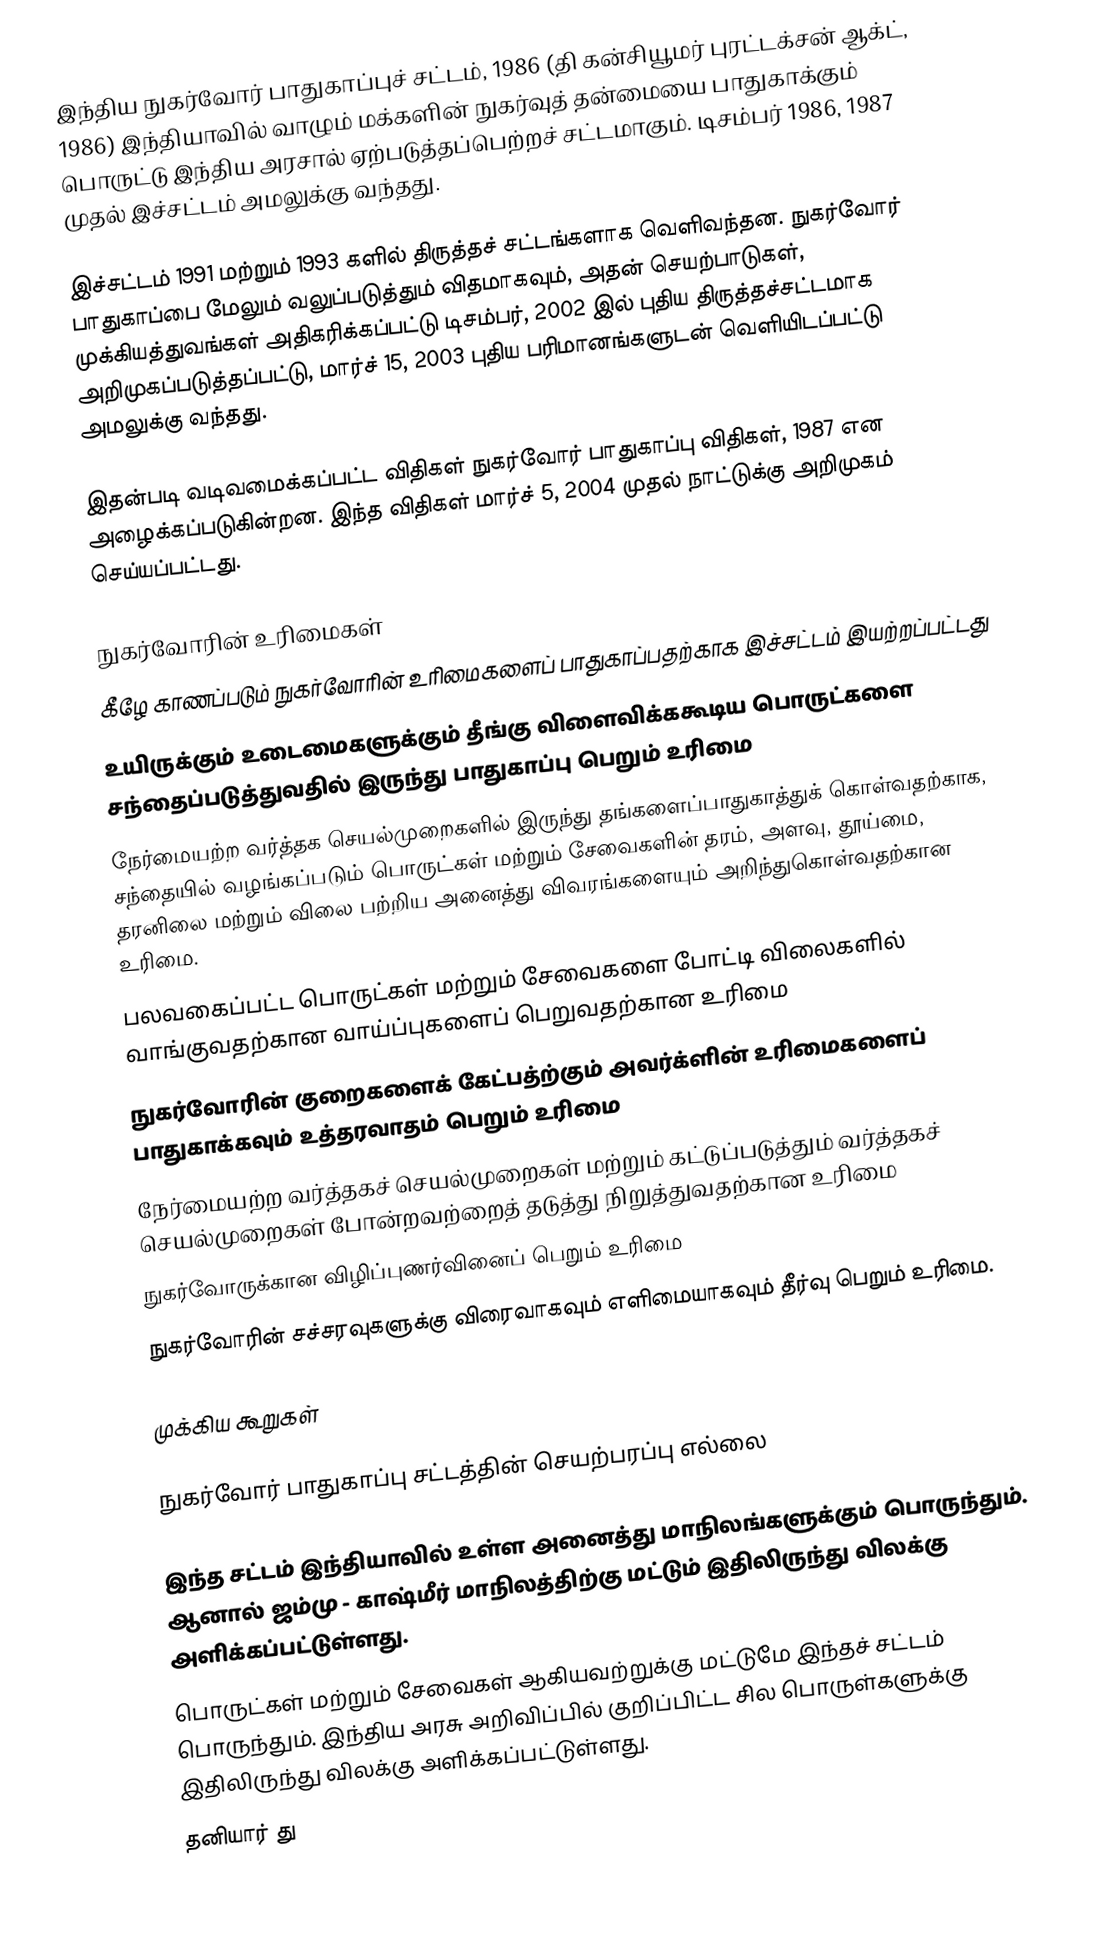
இந்திய நுகர்வோர் பாதுகாப்புச் சட்டம், 1986 (தி கன்சியூமர் புரட்டக்சன் ஆக்ட், 1986) இந்தியாவில் வாழும் மக்களின் நுகர்வுத் தன்மையை பாதுகாக்கும் பொருட்டு இந்திய அரசால் ஏற்படுத்தப்பெற்றச் சட்டமாகும்.  டிசம்பர்  1986, 1987 முதல் இச்சட்டம் அமலுக்கு வந்தது.

இச்சட்டம் 1991 மற்றும் 1993  களில் திருத்தச் சட்டங்களாக வெளிவந்தன. நுகர்வோர் பாதுகாப்பை மேலும் வலுப்படுத்தும் விதமாகவும், அதன் செயற்பாடுகள், முக்கியத்துவங்கள் அதிகரிக்கப்பட்டு டிசம்பர், 2002 இல் புதிய திருத்தச்சட்டமாக அறிமுகப்படுத்தப்பட்டு, மார்ச் 15, 2003 புதிய பரிமானங்களுடன் வெளியிடப்பட்டு அமலுக்கு வந்தது.

இதன்படி வடிவமைக்கப்பட்ட விதிகள் நுகர்வோர் பாதுகாப்பு விதிகள், 1987 என அழைக்கப்படுகின்றன. இந்த விதிகள் மார்ச் 5, 2004 முதல் நாட்டுக்கு அறிமுகம் செய்யப்பட்டது.

நுகர்வோரின் உரிமைகள்
கீழே காணப்படும் நுகர்வோரின் உரிமைகளைப் பாதுகாப்பதற்காக இச்சட்டம் இயற்றப்பட்டது
உயிருக்கும் உடைமைகளுக்கும் தீங்கு விளைவிக்ககூடிய பொருட்களை சந்தைப்படுத்துவதில் இருந்து பாதுகாப்பு பெறும் உரிமை
நேர்மையற்ற வர்த்தக செயல்முறைகளில் இருந்து தங்களைப்பாதுகாத்துக் கொள்வதற்காக,  சந்தையில் வழங்கப்படும் பொருட்கள் மற்றும் சேவைகளின் தரம், அளவு, தூய்மை, தரனிலை மற்றும் விலை பற்றிய அனைத்து விவரங்களையும் அறிந்துகொள்வதற்கான உரிமை.
பலவகைப்பட்ட பொருட்கள் மற்றும் சேவைகளை போட்டி விலைகளில் வாங்குவதற்கான வாய்ப்புகளைப் பெறுவதற்கான உரிமை
நுகர்வோரின் குறைகளைக் கேட்பத்ற்கும் அவர்க்ளின் உரிமைகளைப் பாதுகாக்கவும் உத்தரவாதம் பெறும் உரிமை
நேர்மையற்ற  வர்த்தகச் செயல்முறைகள் மற்றும் கட்டுப்படுத்தும் வர்த்தகச் செயல்முறைகள் போன்றவற்றைத் தடுத்து நிறுத்துவதற்கான உரிமை
நுகர்வோருக்கான விழிப்புணர்வினைப்  பெறும் உரிமை
நுகர்வோரின்  சச்சரவுகளுக்கு விரைவாகவும் எளிமையாகவும் தீர்வு பெறும் உரிமை.

முக்கிய கூறுகள்

நுகர்வோர் பாதுகாப்பு சட்டத்தின் செயற்பரப்பு எல்லை

இந்த சட்டம் இந்தியாவில் உள்ள அனைத்து மாநிலங்களுக்கும் பொருந்தும். ஆனால் ஜம்மு - காஷ்மீர் மாநிலத்திற்கு மட்டும் இதிலிருந்து விலக்கு அளிக்கப்பட்டுள்ளது.
பொருட்கள் மற்றும் சேவைகள் ஆகியவற்றுக்கு மட்டுமே இந்தச் சட்டம் பொருந்தும். இந்திய அரசு அறிவிப்பில் குறிப்பிட்ட சில பொருள்களுக்கு இதிலிருந்து விலக்கு அளிக்கப்பட்டுள்ளது.
தனியார் து